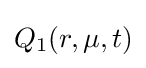
Q_{1}(r,\mu ,t)